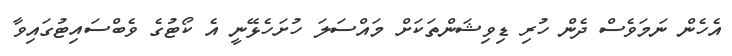
އެހެން ނަމަވެސް ދެން ހުރި ޑިވިޝަންތަކަށް މައްސަލަ ހުށަހެޅޭނީ އެ ކޯޓުގެ ވެބްސަައިޓުގައިވާ